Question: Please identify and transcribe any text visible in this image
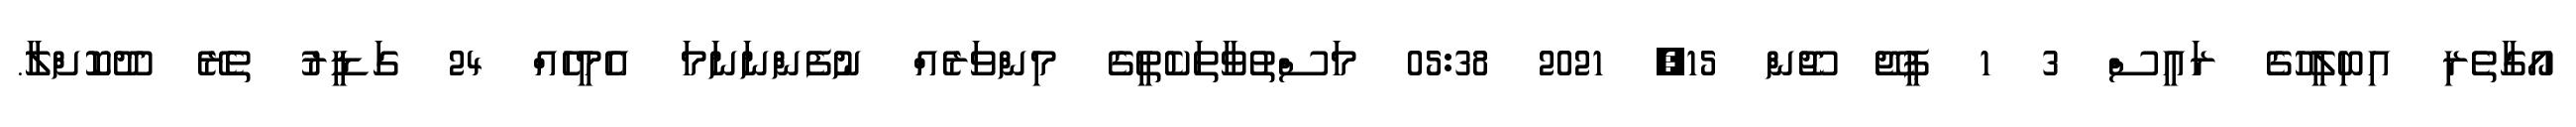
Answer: އޯގާތެރި އިބިލީހުގެ ރައީސް 3 1 ޕީޖޭ ޖޫން 15, 2021 05:38 މަސްތުވާތަކެތީގެ މިންވަރެއް ނުފެންނަނަމަ އެމީހެއް 24 ގަޑީރު ތެރޭ ދޫކޮށްލާ.